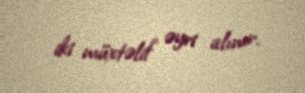
iki müxtəlif əyri alınır.